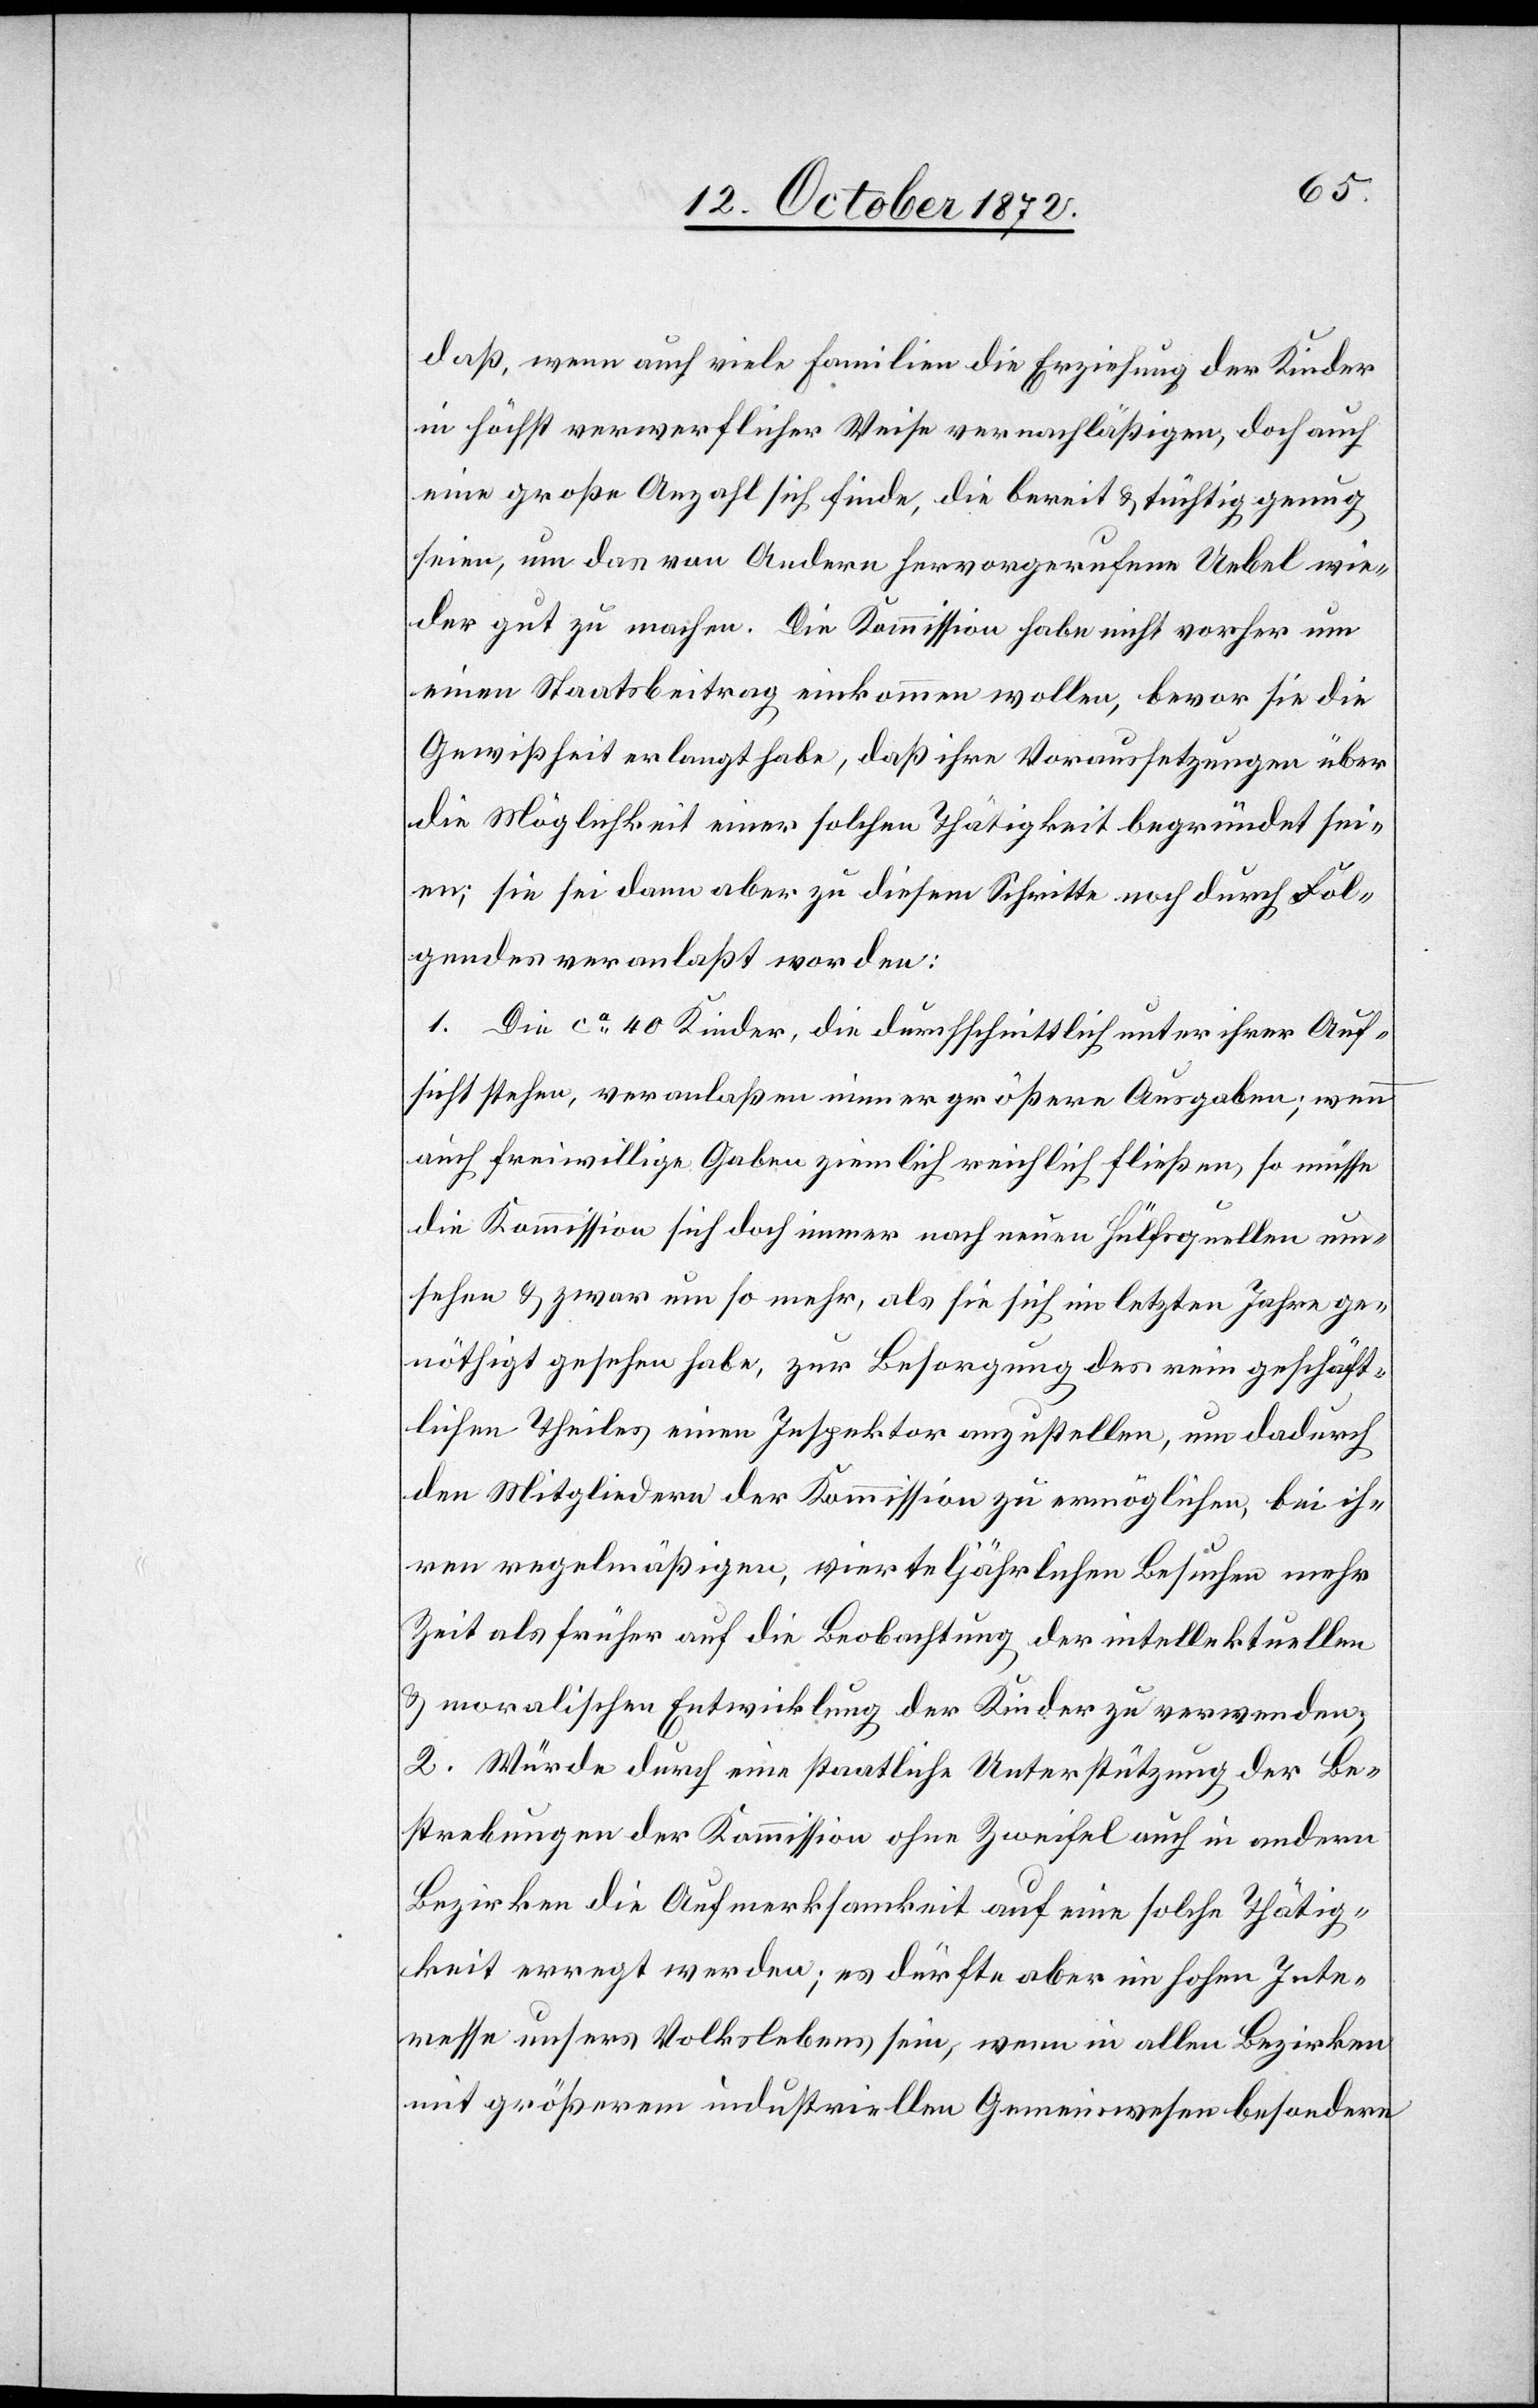
daß, wenn auch viele Familien die Erziehung der Kinder
in höchst verwerflicher Weise vernachläßigen, doch auch
eine große Anzahl sich finde, die bereit u. tüchtig genug
seien, um das von Andern hervorgerufene Uebel wie¬
der gut zu machen. Die Kommission habe nicht vorher um
einen Staatsbeitrag einkommen wollen, bevor sie die
Gewißheit erlangt habe, daß ihre Voraussetzungen über
die Möglichkeit einer solchen Thätigkeit begründet sein¬
en; sie sei dann aber zu diesem Schritte noch durch Fol¬
gendes veranlaßt worden:
1. Die ca 40 Kinder, die durchschnittlich unter ihrer Auf¬
sicht stehen, veranlaßen immer größere Ausgaben; wenn
auch freiwillige Gaben ziemlich reichlich fließen, so müsse
die Kommission sich doch immer nach neuen Hülfsquellen um¬
sehen u. zwar um so mehr, als sie sich im letzten Jahre ge¬
nöthigt gesehen habe, zur Besorgung des rein geschäft¬
lichen Theiles einen Inspektor anzustellen, um dadurch
den Mitgliedern der Kommission zu ermöglichen, bei ih¬
ren regelmäßigen, vierteljährlichen Besuchen mehr
Zeit als früher auf die Beobachtung der intellektuellen
u. moralischen Entwicklung der Kinder zu verwenden.
2. Würde durch eine staatliche Unterstützung der Be¬
strebungen der Kommission ohne Zweifel auch in andern
Bezirken die Aufmerksamkeit auf eine solche Thätig¬
keit erregt werden; es dürfte aber im hohen Inte¬
resse unsers Volkslebens sein, wenn in allen Bezirken
mit größeren industriellen Gemeinwesen besondere